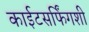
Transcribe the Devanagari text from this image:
काईटसर्फिंगशी